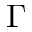
\Gamma